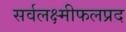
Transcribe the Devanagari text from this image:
सर्वलक्ष्मीफलप्रद